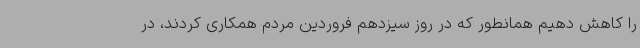
را کاهش دهیم همانطور که در روز سیزدهم فروردین مردم همکاری کردند، در